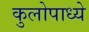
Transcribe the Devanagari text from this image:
कुलोपाध्ये